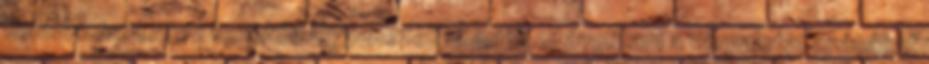
kommunista rend vezetői. Ugyanezek akarják eltávolítani a várpalotai apácákat